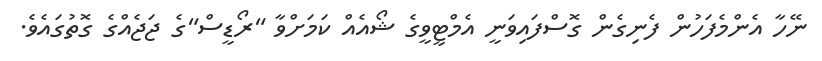
ނޭހާ އެންމެފަހުން ފެނިގެން ގޮސްފައިވަނީ އެމްޓީވީގެ ޝޯއެއް ކަމަށްވާ "ރޯޑީސް"ގެ ޖަޖެއްގެ ގޮތުގައެވެ.